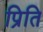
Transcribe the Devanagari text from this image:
प्रिति